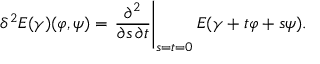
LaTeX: \delta ^ { 2 } E ( \gamma ) ( \varphi , \psi ) = \left. { \frac { \partial ^ { 2 } } { \partial s \, \partial t } } \right| _ { s = t = 0 } E ( \gamma + t \varphi + s \psi ) .